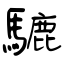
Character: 騼